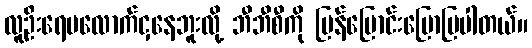
လူဦးရေမလောက်ငှနေဘူးလို့ ဘီဘီစီကို ပြန်ပြောင်းပြောပြပါတယ်။